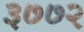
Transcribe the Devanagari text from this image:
३७७२